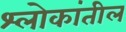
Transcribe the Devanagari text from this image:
श्लोकांतील